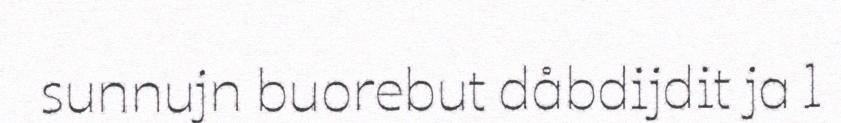
sunnujn buorebut dåbdijdit ja l